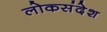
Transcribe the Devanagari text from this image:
लोकसंदेश